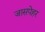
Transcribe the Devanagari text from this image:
जासपेहर